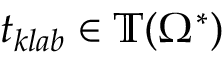
t _ { k l a b } \in \mathbb { T } ( \Omega ^ { * } )